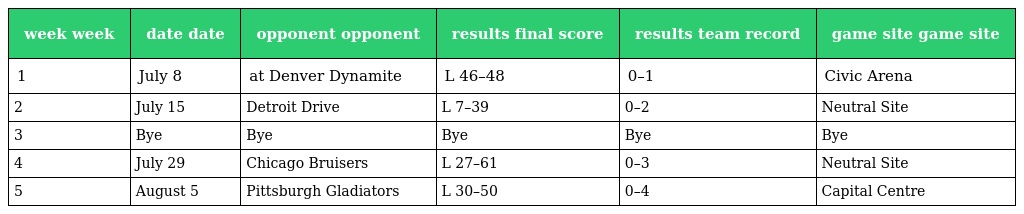
| week week | date date | opponent opponent | results final score | results team record | game site game site |
 | --- | --- | --- | --- | --- | --- |
 | 1 | July 8 | at Denver Dynamite | L 46–48 | 0–1 | Civic Arena |
 | 2 | July 15 | Detroit Drive | L 7–39 | 0–2 | Neutral Site |
 | 3 | Bye | Bye | Bye | Bye | Bye |
 | 4 | July 29 | Chicago Bruisers | L 27–61 | 0–3 | Neutral Site |
 | 5 | August 5 | Pittsburgh Gladiators | L 30–50 | 0–4 | Capital Centre |